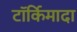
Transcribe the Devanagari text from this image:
टॉर्किमादा